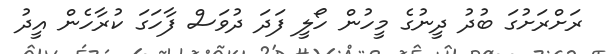
ރަށްރަށުގަ ބުދު ދީނުގެ މީހުން ހޯލީ ފަދަ ދުވަސް ފާހަގަ ކުރާހެން އީދު